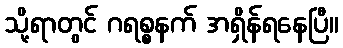
သို့ရာတွင် ဂရစ္စနက် အရှိန်ရနေပြီ။